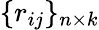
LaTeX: \{ r_{ij}\} _{n\times k}